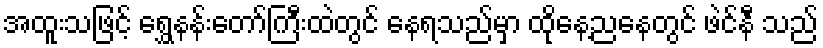
အထူးသဖြင့် ရွှေနန်းတော်ကြီးထဲတွင် နေရသည်မှာ ထိုနေ့ညနေတွင် ဖဲင်နီ သည်